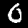
Label: 0